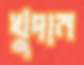
খুদান